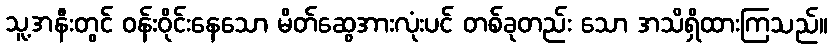
သူ့အနီးတွင် ဝန်းဝိုင်းနေသော မိတ်ဆွေအားလုံးပင် တစ်ခုတည်း သော အသိရှိထားကြသည်။